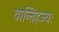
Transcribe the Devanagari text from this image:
वान्तिहज्यः